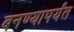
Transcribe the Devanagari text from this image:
बनण्यापर्यंत